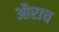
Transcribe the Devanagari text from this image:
औराच